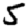
Digit: 5